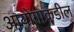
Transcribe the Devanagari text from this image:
आयोगाकडील